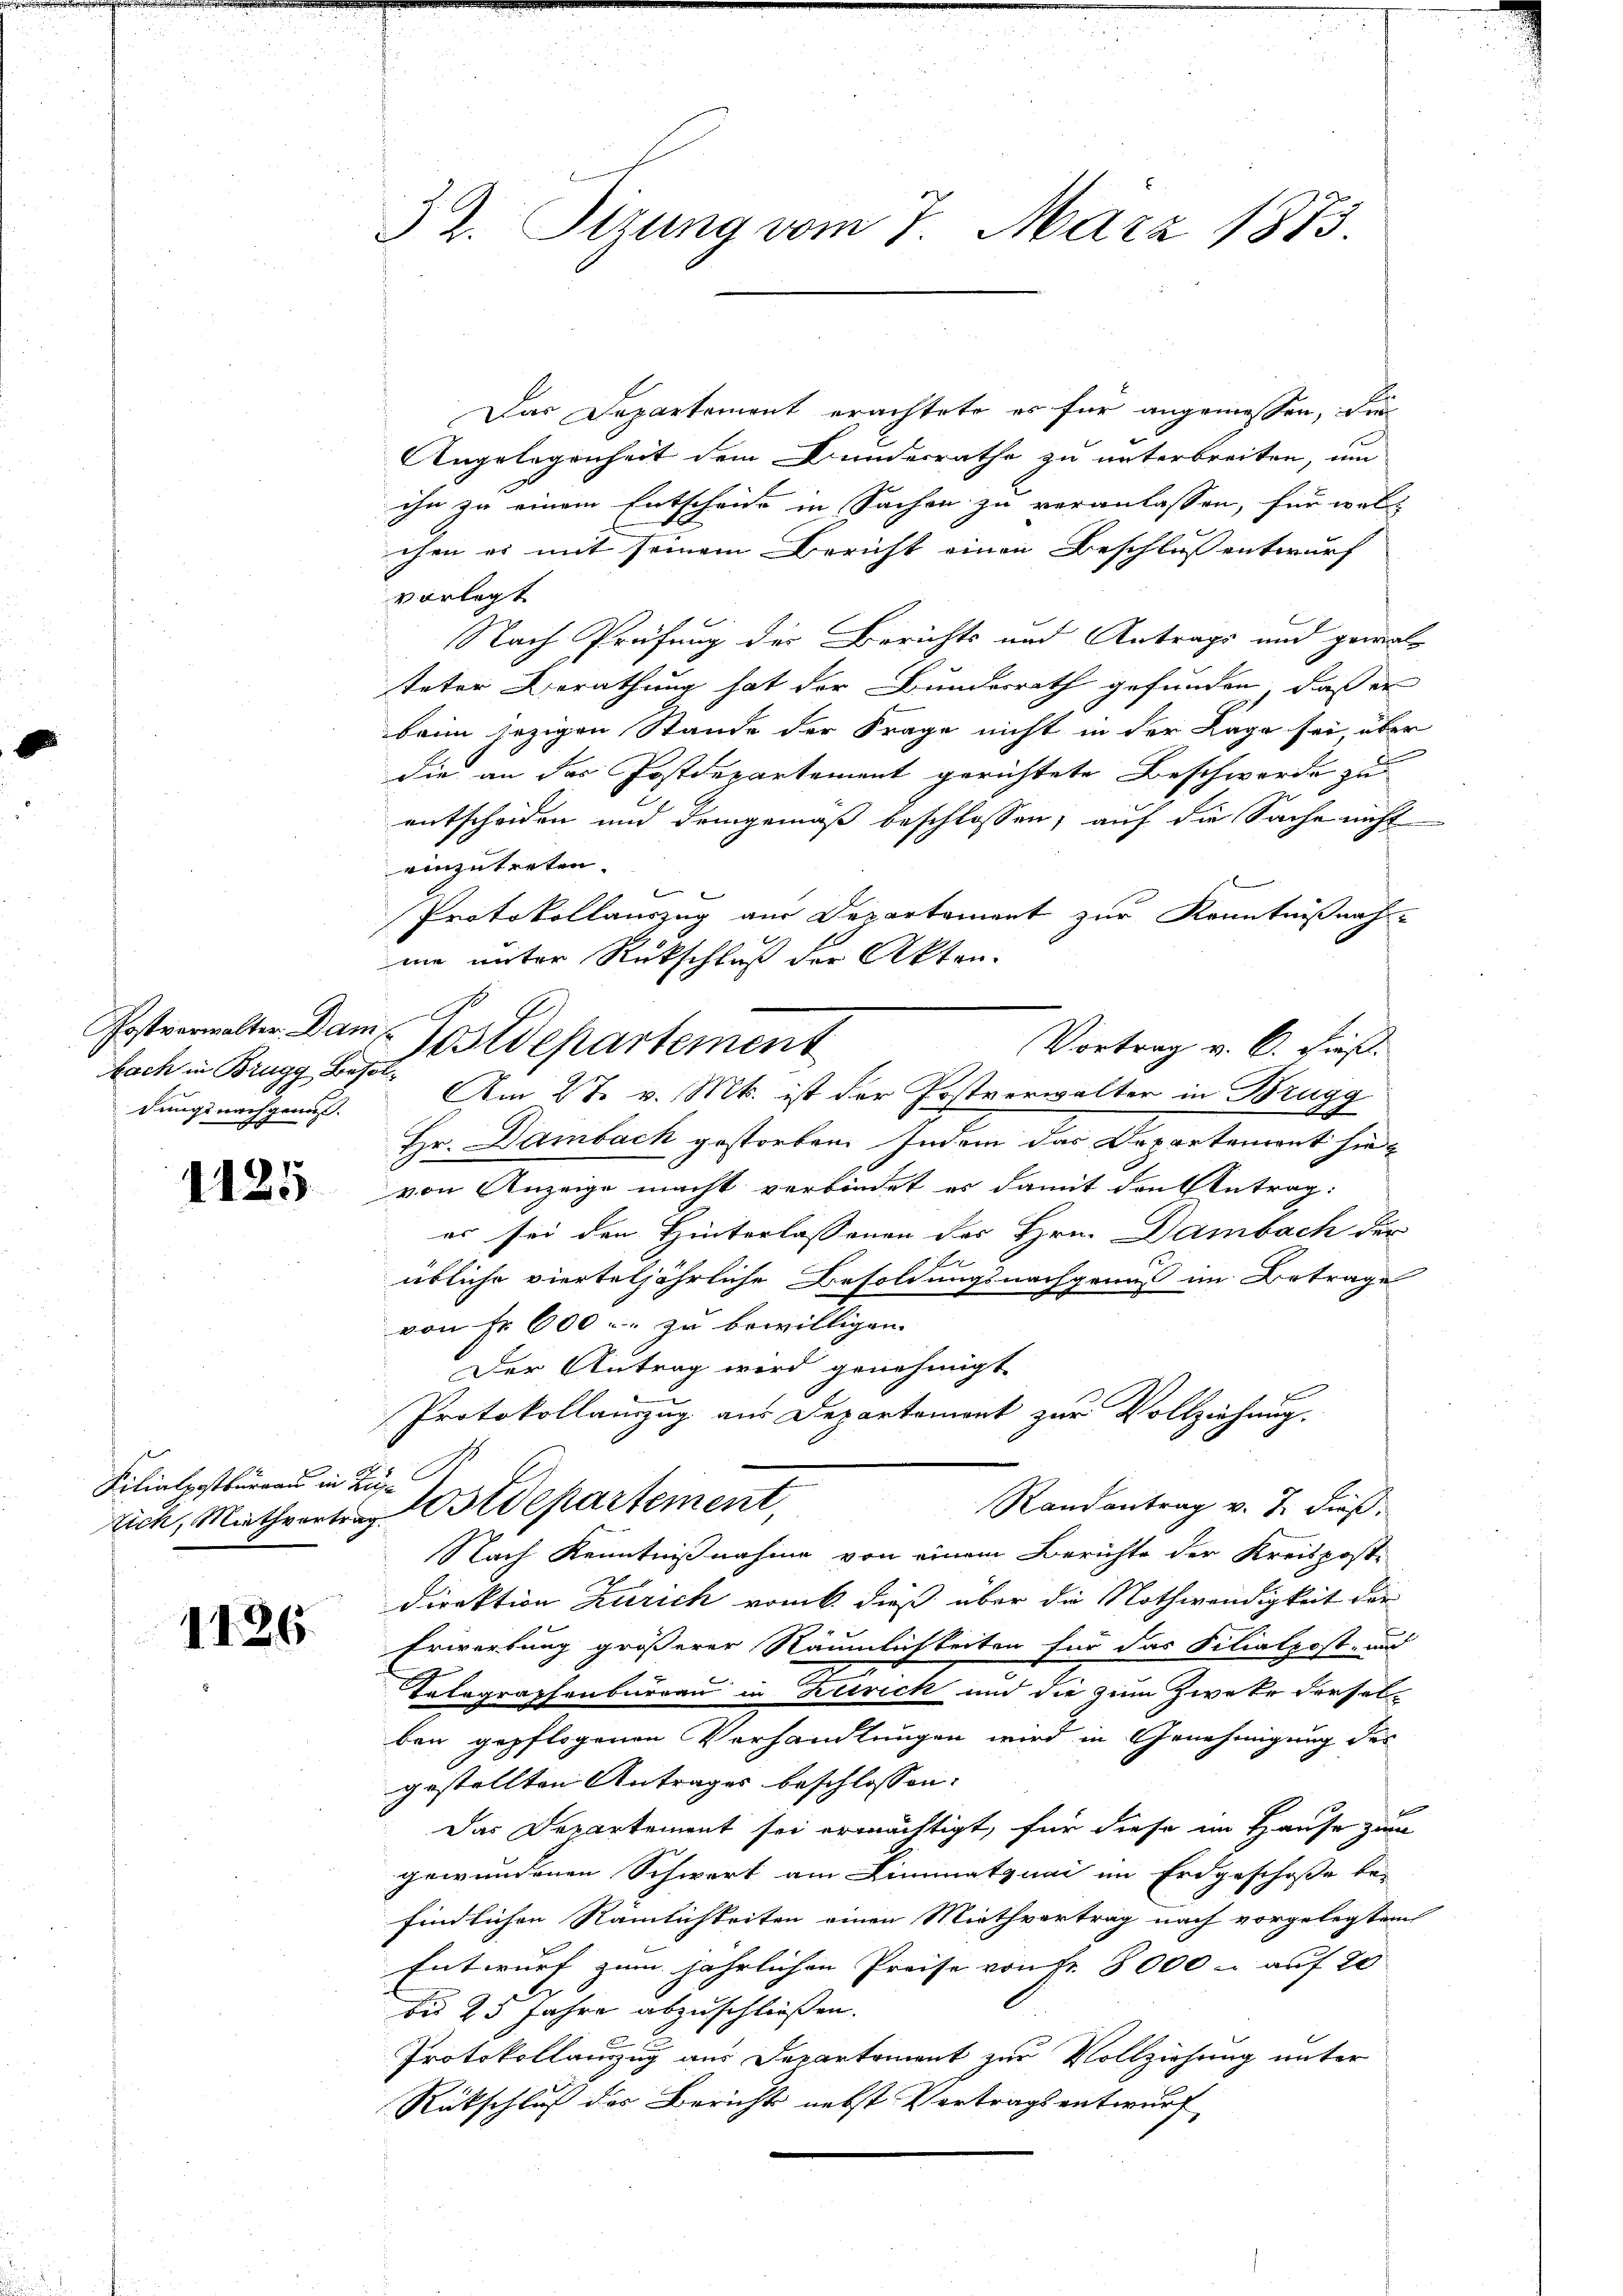
Nach in Brugg Besoldungsnachgenuß.

1125

Filialpostbüreau in Zü¬

1126.

32. Sizung vom 7. März 1873.

Das Departement erachtete es für angemessen, die
Angelegenheit dem Bunderrathe zu unterbreiten, um
ihn zu einem Entscheide in Sachen zu veranlassen, für welchen es mit seinem Bericht einen Beschluss entwurf
vorlegt
Nach Prüfung der Berichts und Antrage und gewal
teter Berathung hat der Bundesrath gefunden, daß er
baim jezigen Stande der Frage nicht in der Lage sei, über
.
die an das Postdepartement gerichtete Beschwerde zu
entscheiden und demgemäß beschlossen, auf die Sache nicht
einzutreten.
l
Protokollauszug aus Departement zur Kenntnißnahne unter Rückschluß der Akten-
Am 27. v. Mts. ist der Postverwalter in Brugg
Hr. Dambach gestorben. Indem das Departement sie
von Anzeige macht verbindet es damit den Antrag:
er sei den Hinterlassenen des Hrn. Dambach der
e
übliche vierteljährliche Besoldungsnachgauns im Betrage
von Fr. 600. zu bewilligen. |
Der Antrag wird genehmigt.
Protokollauszug aus Departement zur Vollziehung.
Randantrag v. J. dieß,
tich, Miethvertrag Ostdepartement
Nach Kenntnißnahme von einem Berichte der Kreispost-
Direktion Zürich vom k. dieß über die Nothwendigkeit der
Erwerbung größerer Räumlichkeiten für das Filialpost- und
Tatographenbureau in Zürich und die zum Zweke derselben gepflogenen Vorhandlungen wird in Genehmigung des
gestellten Antrages beschlossen:
Das Departement sei ermächtigt, für diese im Hause zum
gewundenen Schwert am Limmatquai im Erdgeschoße be-
findlichen Rämlichkeiten einen Miethvertrag nach vorgelegtem
Entwurf zum jährlichen Preise von Fr. 8000 - auf 20
bis 25 Jahre abzuschließen.
Protokollanzug aus Departement zur Vollziehung unter
Rükschluß des Bericht nebst Vertragsentwurf

Postverwalter Dam. Postdepartement

Vortrag v. 6. dieß.